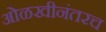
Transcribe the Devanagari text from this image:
ओळखीनंतरच